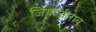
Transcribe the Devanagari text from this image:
जियाजीराव